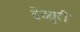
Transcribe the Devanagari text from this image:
वेंच्युरी